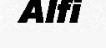
Alfi